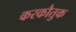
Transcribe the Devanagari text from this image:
करकौतुक